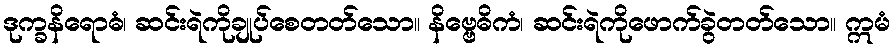
ဒုက္ခနိရောဓံ၊ ဆင်းရဲကိုချုပ်စေတတ်သော။ နိဗ္ဗေဓိကံ၊ ဆင်းရဲကိုဖောက်ခွဲတတ်သော။ ဣမံ